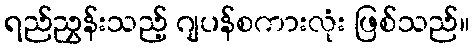
ရည်ညွှန်းသည့် ဂျပန်စကားလုံး ဖြစ်သည်။